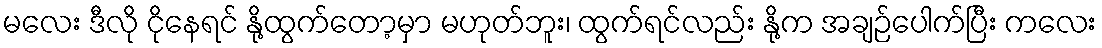
မလေး ဒီလို ငိုနေရင် နို့ထွက်တော့မှာ မဟုတ်ဘူး၊ ထွက်ရင်လည်း နို့က အချဉ်ပေါက်ပြီး ကလေး